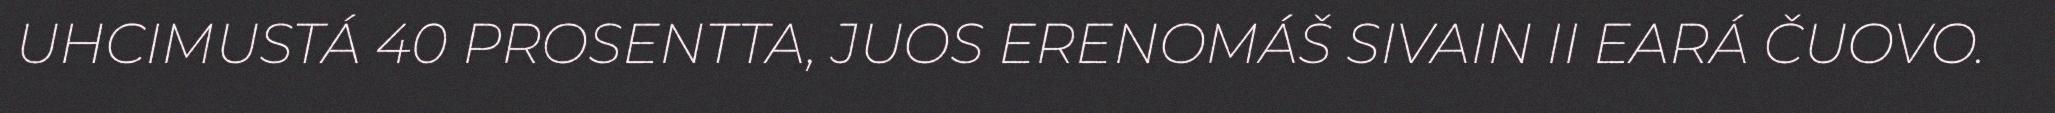
UHCIMUSTÁ 40 PROSENTTA, JUOS ERENOMÁŠ SIVAIN II EARÁ ČUOVO.